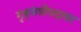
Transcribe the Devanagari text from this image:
गृहमंत्रीपदावर